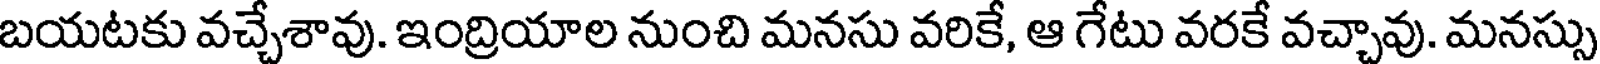
బయటకు వచ్చేశావు. ఇంద్రియాల నుంచి మనసు వరికే, ఆ గేటు వరకే వచ్చావు. మనస్సు